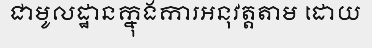
ជាមូលដ្ឋានក្នុងការអនុវត្តតាម ដោយ